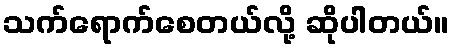
သက်ရောက်စေတယ်လို့ ဆိုပါတယ်။